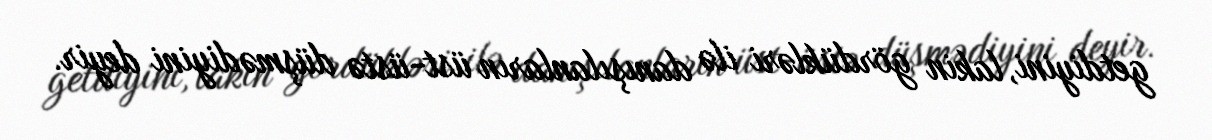
getdiyini, lakin gördükləri ilə danışılanların üst-üstə düşmədiyini deyir.